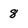
Character: 8